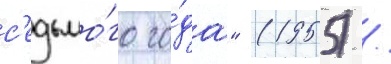
с'едьмо́го го́да" (1955) /